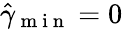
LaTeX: \hat{\gamma}_{\mathrm{~m~i~n~}}=0